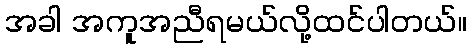
အခါ အကူအညီရမယ်လို့ထင်ပါတယ်။